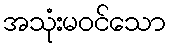
အသုံးမဝင်သော